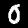
Label: 0